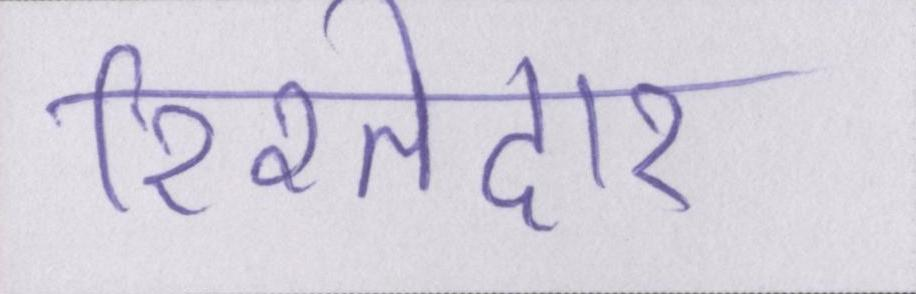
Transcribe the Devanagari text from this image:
रिश्तेदार